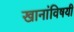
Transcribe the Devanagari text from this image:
खानांविषयी